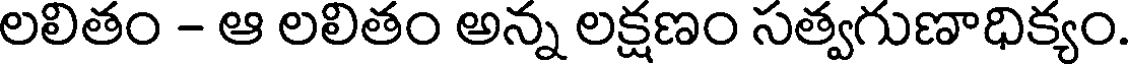
లలితం - ఆ లలితం అన్న లక్షణం సత్వగుణాధిక్యం.